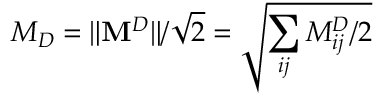
M _ { D } = \lVert \mathbf { M } ^ { D } \rVert / \sqrt { 2 } = \sqrt { \sum _ { i j } M _ { i j } ^ { D } / 2 }